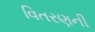
વિતરણની